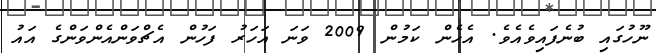
ނޫހުގައި ބުނެފައިވެއެވެ. އެހެން ކަމުން 2009 ވަނަ އަހަރު ފަހުން އެޗްވަންއެންވަންގެ އައު